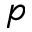
p